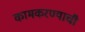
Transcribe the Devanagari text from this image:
कामकरण्याची